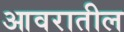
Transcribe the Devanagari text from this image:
आवरातील